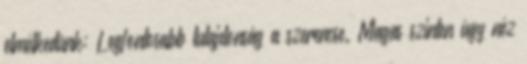
elmélkedünk: Legfontosabb tulajdonság a szerencse. Magas szinten úgy néz